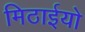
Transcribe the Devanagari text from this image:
मिठाईयो